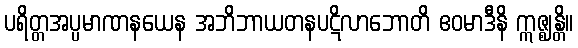
ပရိတ္တအပ္ပမာဏနယေန အဘိဘာယတနပဋိလာဘောတိ ဧဝမာဒီနိ ဣဇ္ဈန္တိ။